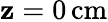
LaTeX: \mathbf{z}=0\, \mathrm{{cm}}